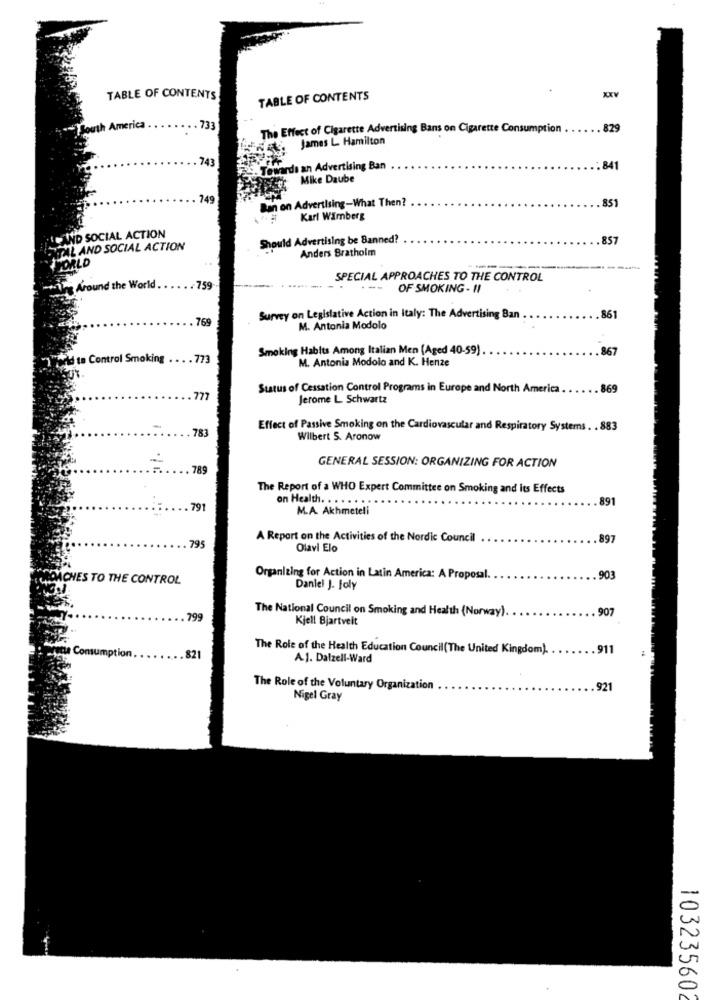
XXV
TABLE OF CONTENTS
TABLE OF CONTENTS
South America
.. 733
The Effect of Cigarette Advertising Bans on Cigarette Consumption
829
James L. Hamilton
743
S- Towards an Advertising Ban
: 841
Mike Daube
749
Ban on Advertising-What Then?
.851
Karl Wamberg
AND SOCIAL ACTION
Should Advertising be Banned?
857
NTAL AND SOCIAL ACTION
Anders Bratholm
WORLD
SPECIAL APPROACHES TO THE CONTROL
-wing Around the World.
759
---
OF SMOKING - 11
769
Survey on Legislative Action in Italy: The Advertising Ban
861
M. Antonia Modolo
Smoking Habits Among Italian Men (Aged 40-59)
867
World to Control Smoking . . . . 773
M. Antonia Modolo and K. Henze
Sutus of Cessation Control Programs in Europe and North America
869
777
Jerome L Schwartz
-
783
Effect of Passive Smoking on the Cardiovascular and Respiratory Systems . . 883
Wilbert S. Aronow
GENERAL SESSION: ORGANIZING FOR ACTION
789
The Report of a WHO Expert Committee on Smoking and its Effects
on Health. . . .
891
.. 791
M.A. Akhmeteli
A Report on the Activities of the Nordic Council
897
795
Olavi Elo
DACHES TO THE CONTROL
Organizing for Action in Latin America: A Proposal.
903
Daniel J. Joly
The National Council on Smoking and Health (Norway).
907
799
Kjell Bjartveit
The Role of the Health Education Council(The United Kingdom).
911
te Consumption.
821
A.J. Dalzell-Ward
The Role of the Voluntary Organization
921
Nigel Gray
103235602